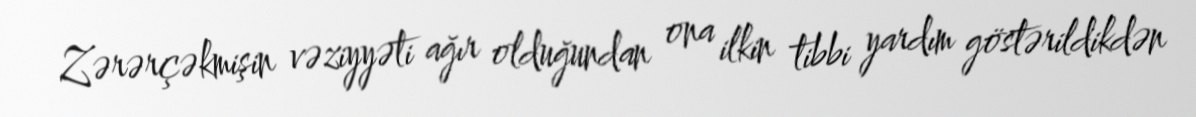
Zərərçəkmişin vəziyyəti ağır olduğundan ona ilkin tibbi yardım göstərildikdən